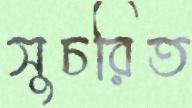
সুচরিত